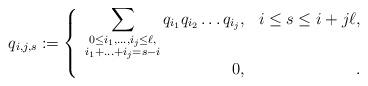
LaTeX: \begin{align*}\displaystyle q_{i,j,s}&:=\left\{\begin{array}{rr}\displaystyle\sum_{\substack{0\leq i_1,\ldots,i_j\leq \ell,\\ i_1+\ldots+i_j=s-i}}q_{i_1}q_{i_2}\ldots q_{i_j},&i\leq s\leq i+j\ell,\\0,&.\end{array}\right.\end{align*}